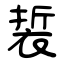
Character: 裚